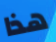
هذا